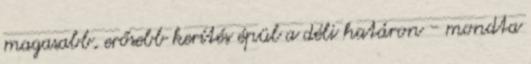
magasabb, erősebb kerítés épül a déli határon - mondta